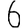
Digit: 6